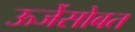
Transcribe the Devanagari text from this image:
ऊर्जेसोबत